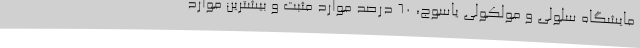
مایشگاه سلولی و مولکولی یاسوج، 60 درصد موارد مثبت و بیشترین موارد